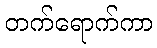
တက်ရောက်ကာ